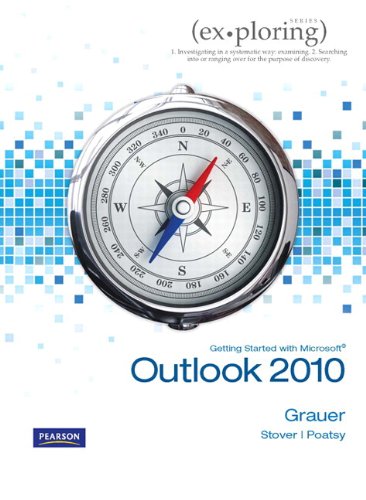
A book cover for Exploring Getting Started with Microsoft Outlook 2010 (Exploring (Delmar)); Robert T. Grauer; Computers & Technology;